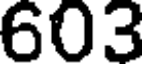
603